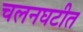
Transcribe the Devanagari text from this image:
चलनघटीत